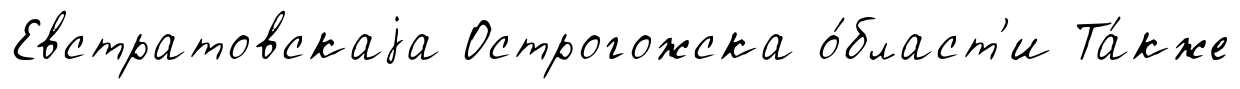
Евстратовскаjа Острогожска о́бласт'и Та́кже